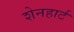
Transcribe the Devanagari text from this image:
शेनहार्ट